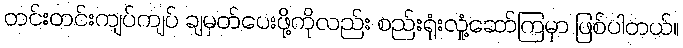
တင်းတင်းကျပ်ကျပ် ချမှတ်ပေးဖို့ကိုလည်း စည်းရုံးလှုံ့ဆော်ကြမှာ ဖြစ်ပါတယ်။